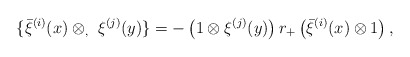
\begin{align*}\{ \bar{\xi}^{(i)} (x) \otimes_, \ \xi^{(j)} (y) \} = - \left( 1 \otimes\xi^{(j)} (y) \right) r_+ \left( \bar{\xi}^{(i)} (x) \otimes 1 \right) ,\end{align*}